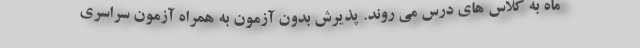
ماه به کلاس های درس می روند. پذیرش بدون آزمون به همراه آزمون سراسری